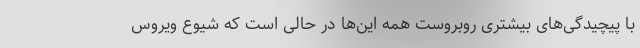
با پیچیدگی‌های بیشتری روبروست همه این‌ها در حالی است که شیوع ویروس